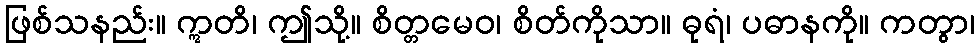
ဖြစ်သနည်း။ ဣတိ၊ ဤသို့။ စိတ္တမေဝ၊ စိတ်ကိုသာ။ ဓုရံ၊ ပဓာနကို။ ကတွာ၊